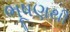
ભૂષણથી